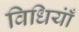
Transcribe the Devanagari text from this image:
विधियाँं